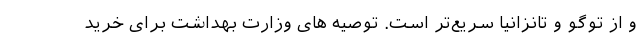
و از توگو و تانزانیا سریع‌تر است. توصیه های وزارت بهداشت برای خرید